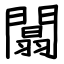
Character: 闒